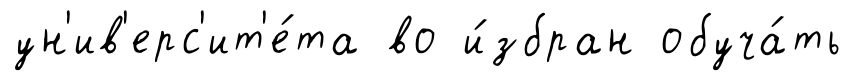
ун'ив'ерс'ит'е́та во и́збран обуча́ть